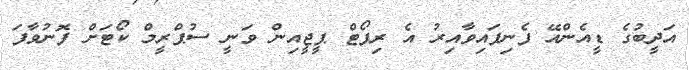
އަދީބުގެ ޑީއެންއޭ ފެނިފައިވާއިރު އެ ރިޕޯޓް ޕީޖީއިން ވަނީ ސުޕްރީމް ކޯޓަށް ފޮނުވާފަ